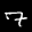
Label: 7